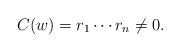
LaTeX: \begin{align*}C(w) = r_{1} \cdots r_{n} \neq 0. \end{align*}